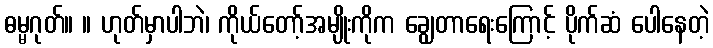
ဓမ္မဂုတ်။ ။ ဟုတ်မှာပါဘဲ၊ ကိုယ်တော့်အမျိုးကိုက ချွေတာရေးကြောင့် ပိုက်ဆံ ပေါနေတဲ့